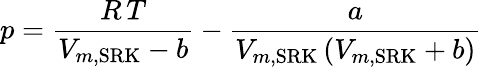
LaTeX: p={\frac{R\, T}{V_{m,{\mathrm{SRK}}}-b}}-{\frac{a}{V_{m,{\mathrm{SRK}}}\left(V_{m,{\mathrm{SRK}}}+b\right)}}